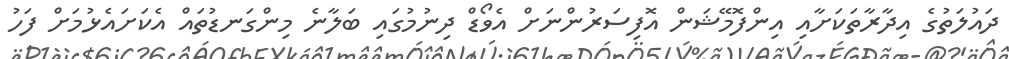
ދައުލަތުގެ އިދާރާތަކަށާއި އިންފޮމޭޝަން އޮފިސަރުންނަށް އެވޯޑް ދިނުމުގައި ބަލާނެ މިންގަނޑުތައް އެކަށައެޅުމަށް ފަހު